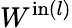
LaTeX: W^{\mathrm{in}(l)}